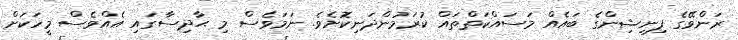
ރަންވޭގެ ފިނިޝިންގެ ބައެއް މަސައްކަތްތައް ކުރަމުންދަނިކޮށެވެ. ނަމަވެސް މި ޙާދިސާގައި އެއްވެސް މީހަކަށް